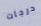
درجات